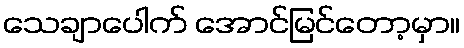
သေချာပေါက် အောင်မြင်တော့မှာ။